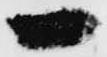
一